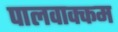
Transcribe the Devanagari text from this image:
पालवाक्कम